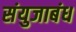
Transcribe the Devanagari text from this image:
संयुजाबंध